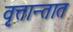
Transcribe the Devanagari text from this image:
वृत्तान्तात